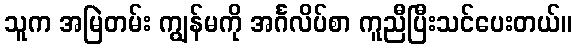
သူက အမြဲတမ်း ကျွန်မကို အင်္ဂလိပ်စာ ကူညီပြီးသင်ပေးတယ်။